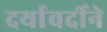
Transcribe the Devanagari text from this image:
दर्यावर्दीने